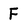
Character: F